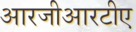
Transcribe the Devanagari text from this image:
आरजीआरटीए